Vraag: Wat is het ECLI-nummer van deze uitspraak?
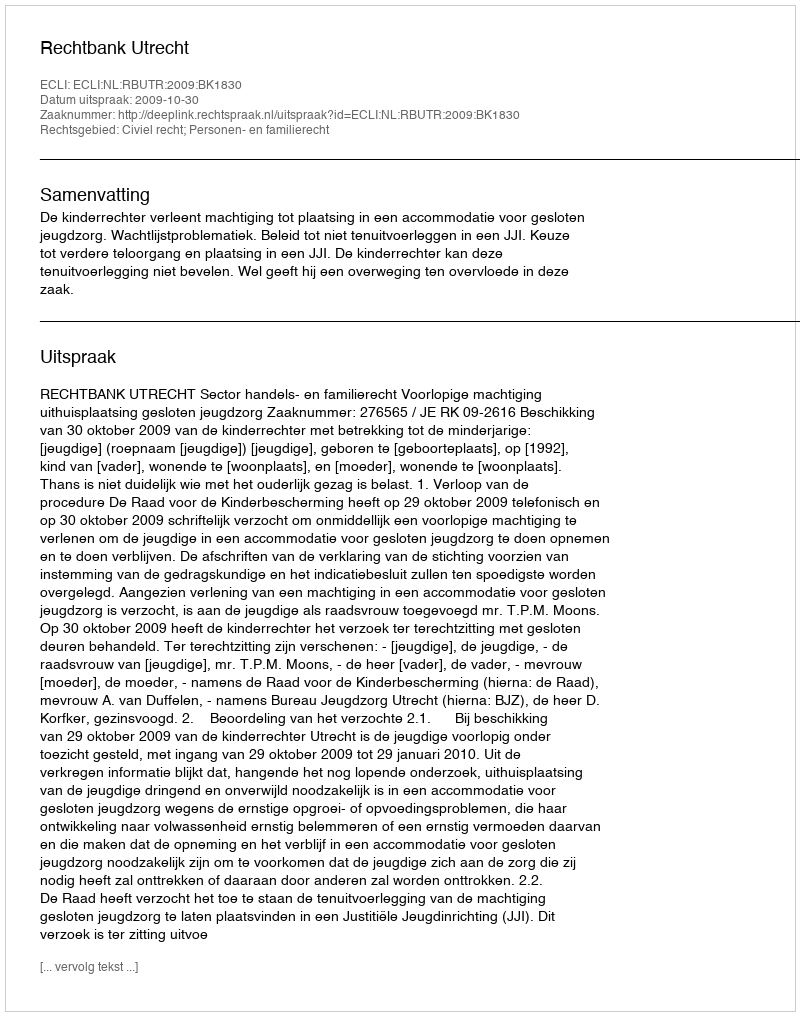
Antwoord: ECLI:NL:RBUTR:2009:BK1830